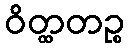
ဝိတ္ထတဉ္စ